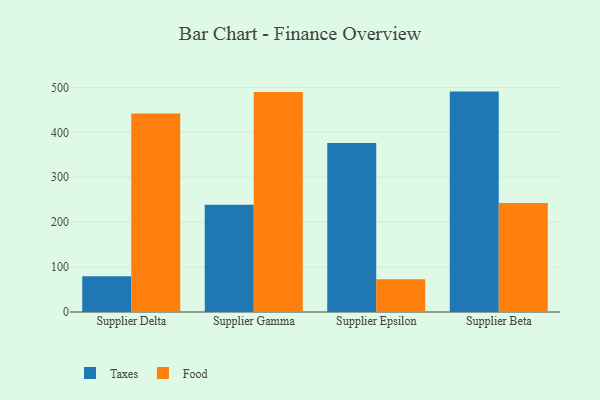
{"axis": {"x": "Supplier", "y": "Page Views"}, "legend": ["Food", "Taxes"], "data": [{"x": "Supplier Delta", "y": 79.4, "type": "Taxes"}, {"x": "Supplier Delta", "y": 442.0, "type": "Food"}, {"x": "Supplier Gamma", "y": 238.9, "type": "Taxes"}, {"x": "Supplier Gamma", "y": 489.9, "type": "Food"}, {"x": "Supplier Epsilon", "y": 376.3, "type": "Taxes"}, {"x": "Supplier Epsilon", "y": 73.0, "type": "Food"}, {"x": "Supplier Beta", "y": 490.7, "type": "Taxes"}, {"x": "Supplier Beta", "y": 242.9, "type": "Food"}]}